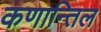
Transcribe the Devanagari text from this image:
कणान्तिल